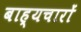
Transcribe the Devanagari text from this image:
बाह्यचारों